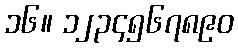
၁၆။ ၁၂၃၄၅၆၇၈၉၀